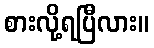
စားလို့ရပြီလား။